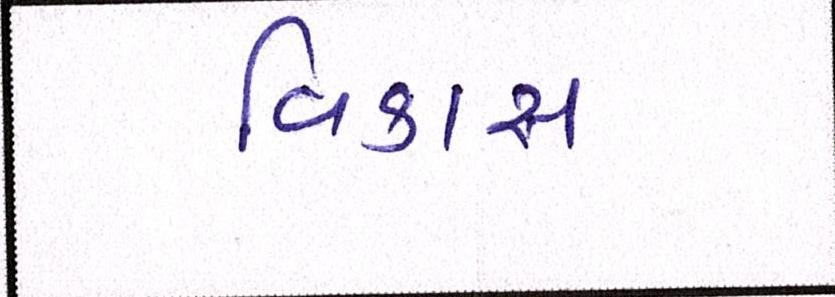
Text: વિકાસ